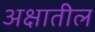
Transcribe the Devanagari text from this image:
अक्षातील